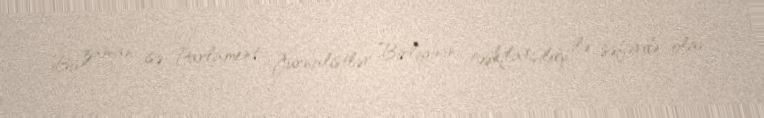
Bu zaman isə Parlament Jurnalistlər Birliyinin təşkilatçılığı ilə səfərdə olan